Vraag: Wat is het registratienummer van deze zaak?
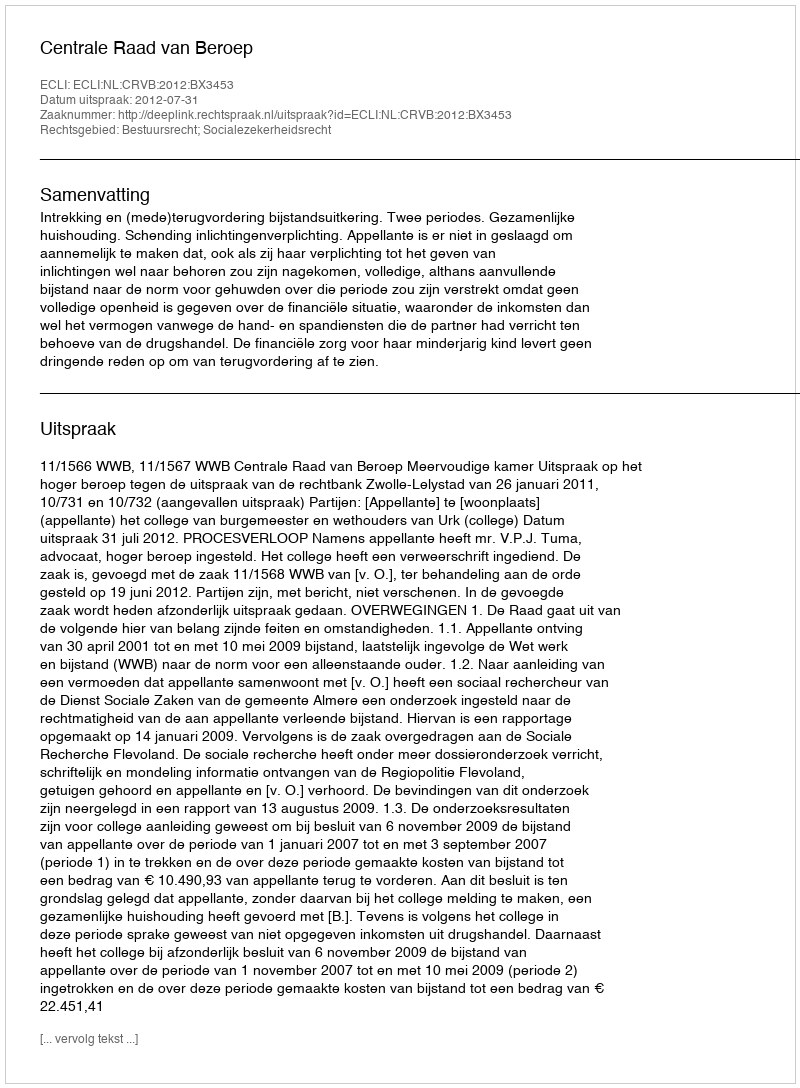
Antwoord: http://deeplink.rechtspraak.nl/uitspraak?id=ECLI:NL:CRVB:2012:BX3453